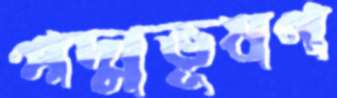
পদ্মভূষণ